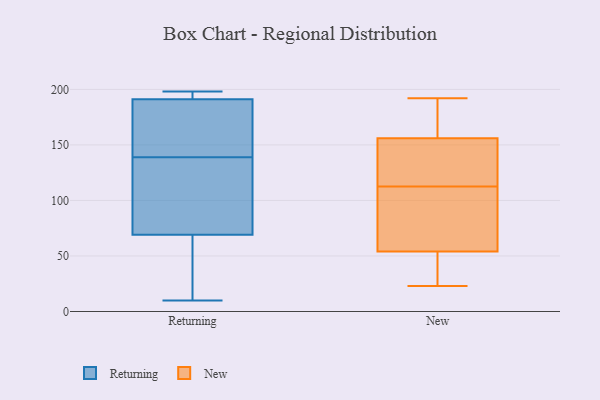
{"axis": {"x": "Operating Costs (USD K)", "y": "Value"}, "legend": ["New", "Returning"], "data": [{"x": "", "y": 186, "type": "Returning"}, {"x": "", "y": 186, "type": "Returning"}, {"x": "", "y": 196, "type": "Returning"}, {"x": "", "y": 119, "type": "Returning"}, {"x": "", "y": 10, "type": "Returning"}, {"x": "", "y": 155, "type": "Returning"}, {"x": "", "y": 14, "type": "Returning"}, {"x": "", "y": 34, "type": "Returning"}, {"x": "", "y": 198, "type": "Returning"}, {"x": "", "y": 123, "type": "Returning"}, {"x": "", "y": 198, "type": "Returning"}, {"x": "", "y": 104, "type": "Returning"}, {"x": "", "y": 126, "type": "New"}, {"x": "", "y": 81, "type": "New"}, {"x": "", "y": 106, "type": "New"}, {"x": "", "y": 50, "type": "New"}, {"x": "", "y": 192, "type": "New"}, {"x": "", "y": 167, "type": "New"}, {"x": "", "y": 38, "type": "New"}, {"x": "", "y": 192, "type": "New"}, {"x": "", "y": 47, "type": "New"}, {"x": "", "y": 23, "type": "New"}, {"x": "", "y": 54, "type": "New"}, {"x": "", "y": 78, "type": "New"}, {"x": "", "y": 131, "type": "New"}, {"x": "", "y": 173, "type": "New"}, {"x": "", "y": 156, "type": "New"}, {"x": "", "y": 113, "type": "New"}, {"x": "", "y": 155, "type": "New"}, {"x": "", "y": 112, "type": "New"}]}